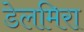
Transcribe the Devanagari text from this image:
डेलमिरा